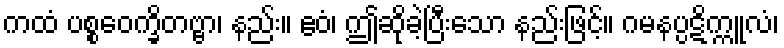
ကထံ ပစ္စဝေက္ခိတဗ္ဗာ၊ နည်း။ ဧဝံ၊ ဤဆိုခဲ့ပြီးသော နည်းဖြင့်။ ဂမနပ္ပဋိက္ကူလံ၊